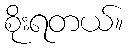
စိုးရတယ်။